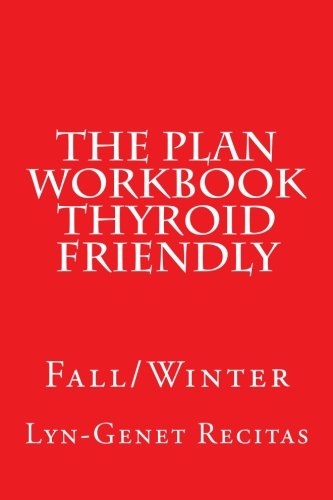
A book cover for The Plan Workbook Thyroid Friendly: Fall/Winter; Lyn-Genet Recitas; Health, Fitness & Dieting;